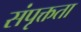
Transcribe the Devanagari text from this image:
संपृक्तता